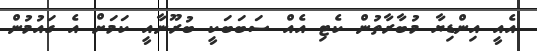
އެއީ އިންޑިޔާ މުބާރާތުން ކެޓި އެއް ސަބަބަކީ ބުރޫނާއީ ކަމަށް އެ ގައުމުން